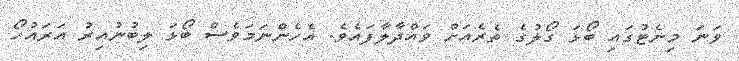
ވަނަ މިނެޓުގައި ބޯޅަ ގޯލުގެ ތެރެއަށް ވައްދާލާފައެވެ. އެހެންނަމަވެސް ބޯޅަ ލިބުނުއިރު އަރައުހޯ